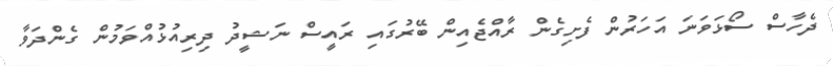
ދެހާސް ސޯޅަވަނަ އަހަރުން ފެށިގެން ރާއްޖެއިން ބޭރުގައި ރައީސް ނަޝީދު ދިރިއުޅުއްވަމުން ގެންދަވާ